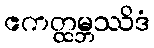
ဧကတ္ထမ္ဘဿိဒံ